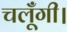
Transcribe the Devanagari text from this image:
चलूँगी।